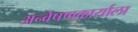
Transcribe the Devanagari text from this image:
अन्वेषणकार्याला